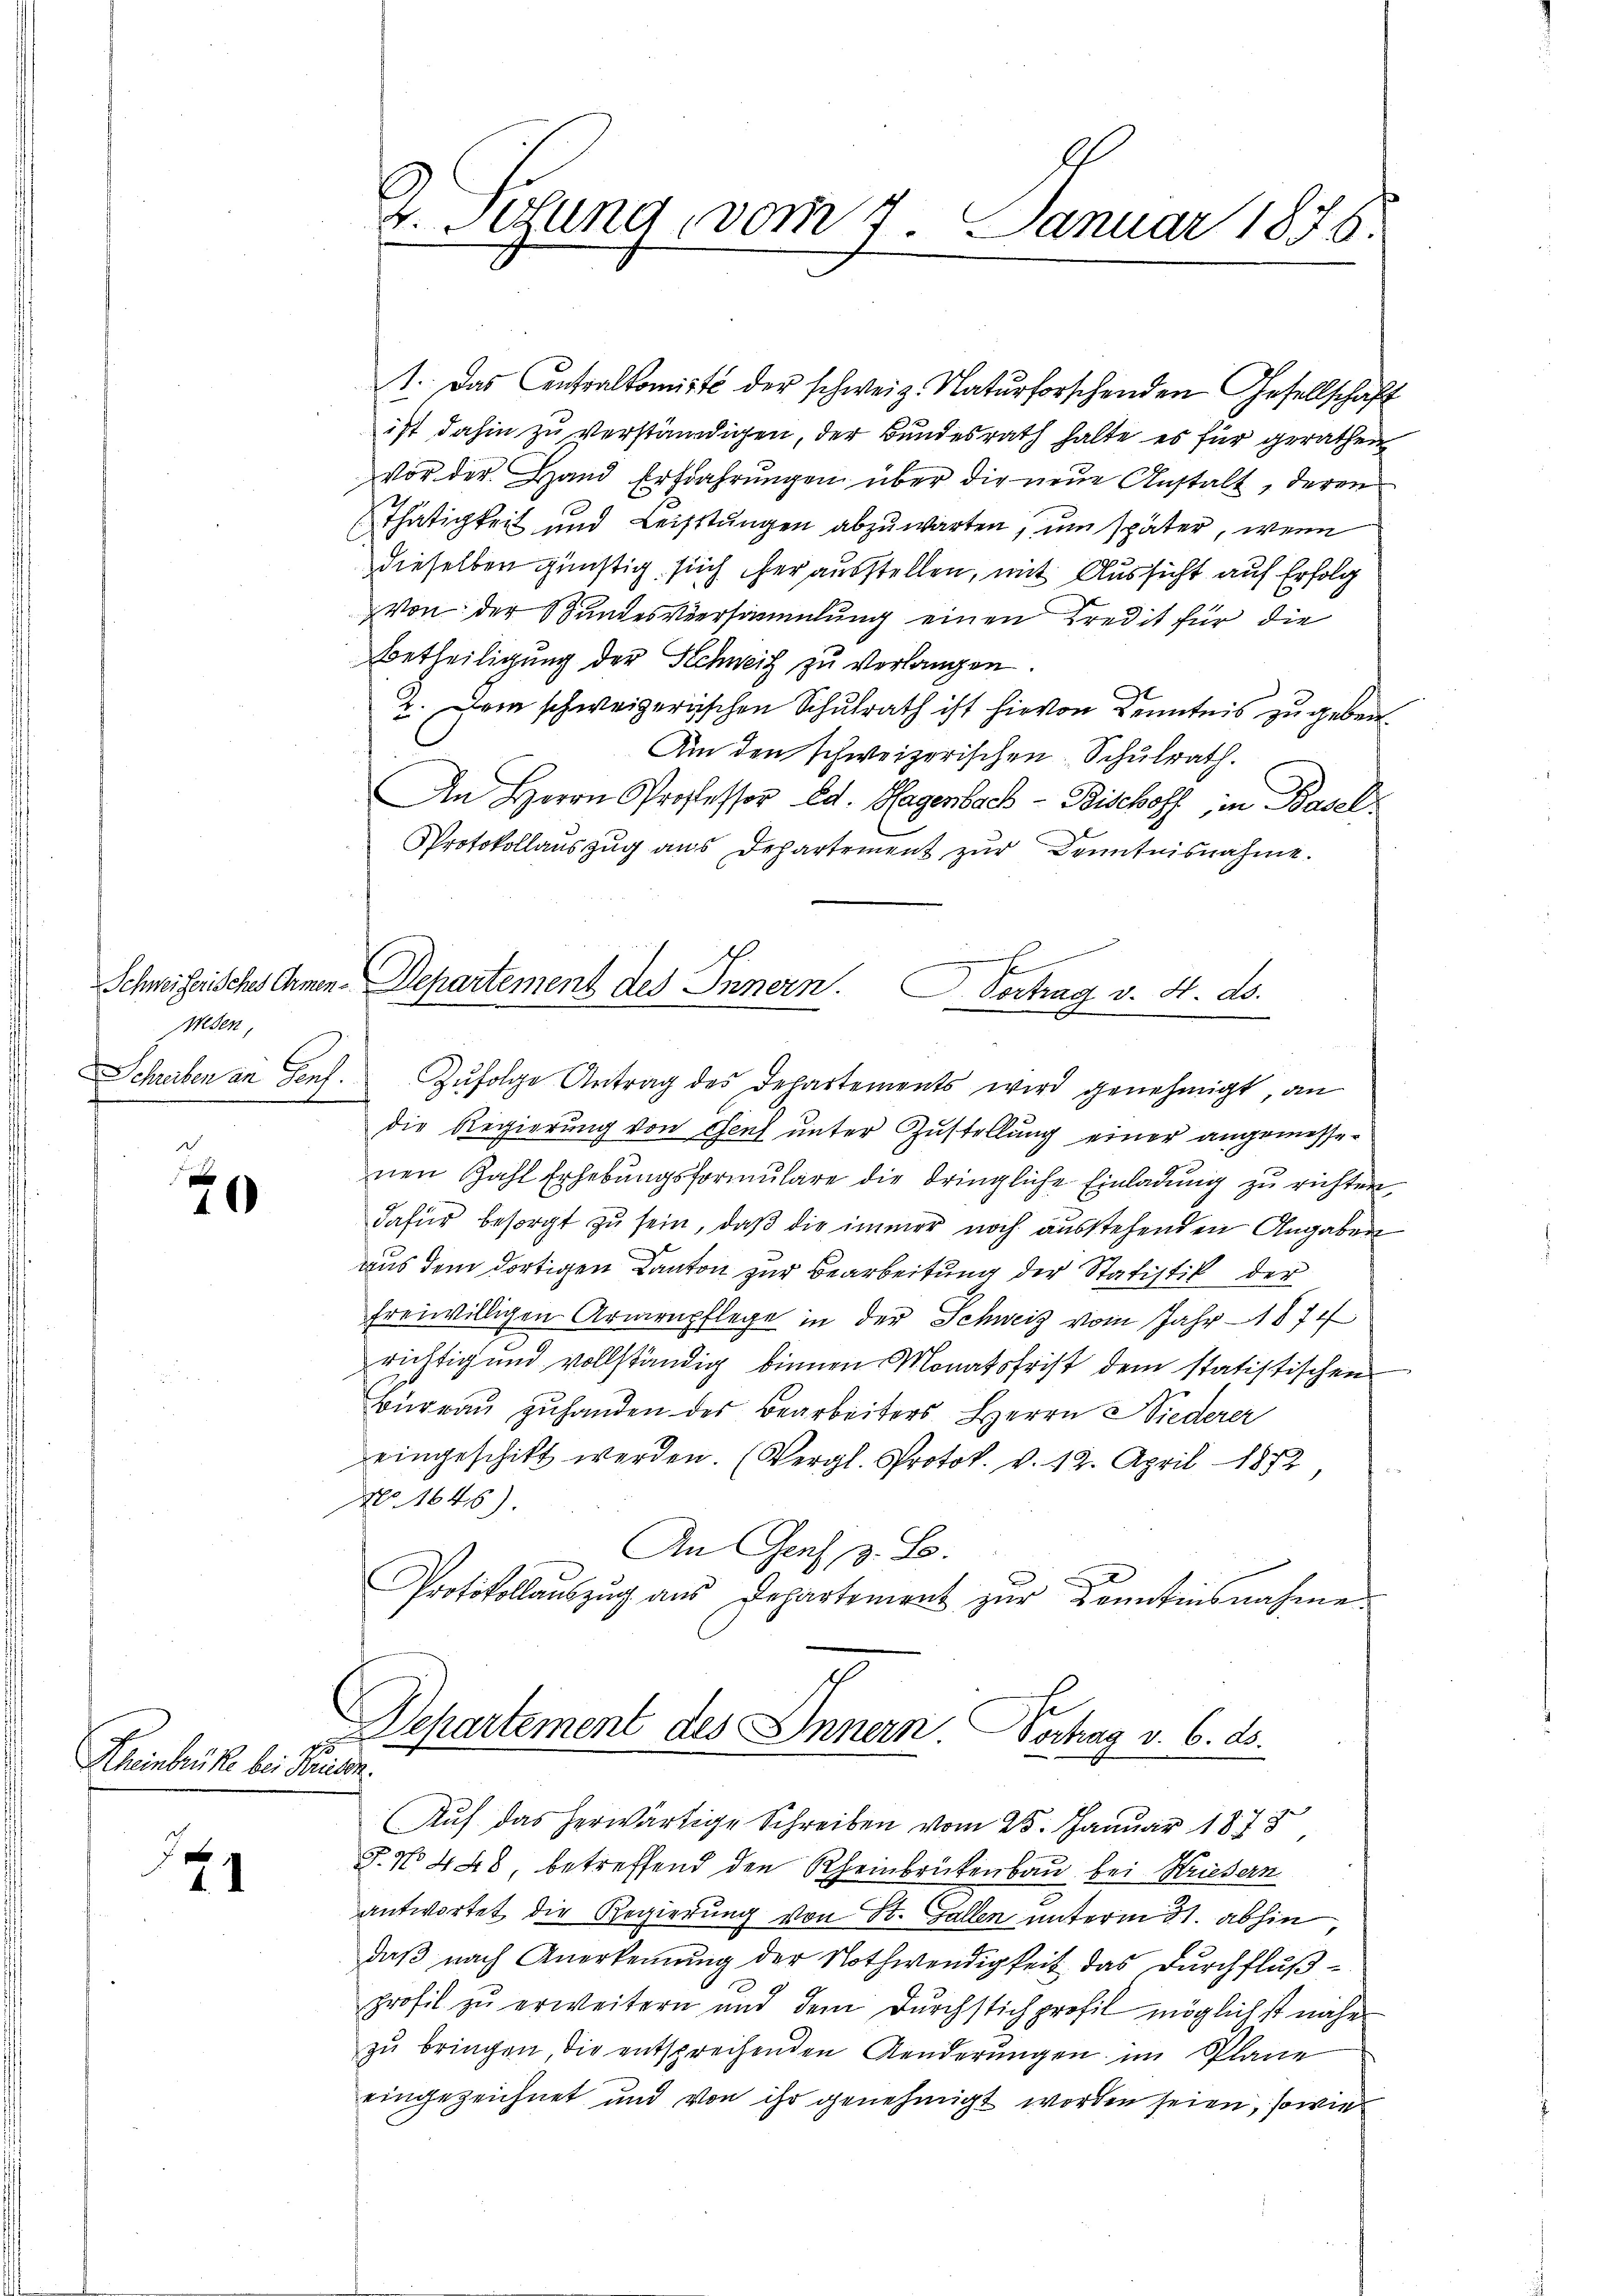
wesen,
f

s
1

Keinbrücke bei Pausen.

1

Z. Perung vom 7. Januar 1878.

1. Das Centralkomite der schweiz. Naturforschenden Gesellschaft
ist dahin zu verständigen, der Bundesrath halte es für gerathen
Vor der Hand Erfahrungen über die neue Anstalt, deren
Thätigkeit und Leistungen abzuwarten, um später, wenn
dieselben günstig sich herausstellen, mit Aussicht auf Erfolg
Von der Bundesversammlung einen Kredit für die
Betheiligung der Schweiz zu verlangen.
2. Dem schweizerischen Schulrath ist hievon Kenntnis zu geben.
Am den schweizerischen Schulrath.
An Herrn Professor Ed. Hagenbach - Bischoff in Basel
Protokollauszug aus Departement zur Kenntnisnahme.
Schreiben an Senf. Zŭfolge Antrag des Departements wird genehmigt, an
die Regierung von Genf unter Zustellung einer angemessenen Zahl Erhebungsformulare die dringliche Einladung zu richten
dafür besorgt zu sein, daß die immer noch ausstehenden Angaben
aus dem dortigen Kanton zur Bearbeitung der Statistik der
freiwilligen Armenpflege in der Schweiz vom Jahr 1874
richtig und vollständig binnen Monatsfrist dem statistischen
Büreau zuhanden des Bearbeiters Herrn Niederer
eingeschikt werden. (Vergl. Protok. v. 12. April 1872
No 1646).
An Genf z. B.
Protokollaŭszŭg aŭs Departement zŭr Kenntnisnahme.
e
Departement des Innern. Vortrag v. 6. ds.
Auf das herwärtige Schreiben vom 25. Januar 1873
T. No 448, betreffend den Rheinbrückenbau bei Briefern
antwortet die Regierung von St. Gallen unterm 31. abhin,
daß nach Anerkennung der Nothwendigkeit das Durchflußprofil zu erweitern und dem Durchstich profil möglichst nähe
zu bringen die entsprechenden Aenderungen im Plane
eingezeichnet und von ihr genehmigt worden seien, sowie

Schweizerisches Armen-Departement des Innern. Vortrag v. 4. ds.